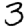
Digit: 3